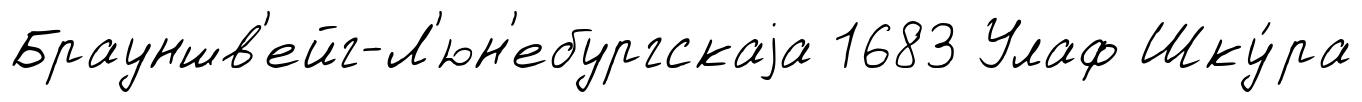
Брауншв'ейг-Л'юн'ебургскаjа 1683 Улаф Шку́ра